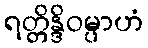
ရတ္တိန္ဒိဝမ္ပာဟံ